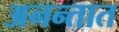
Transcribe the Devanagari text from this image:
अनन्तात